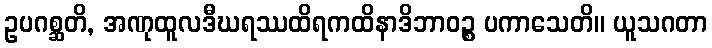
ဥပဂစ္ဆတိ, အဏုထူလဒီဃရဿထိရကထိနာဒိဘာဝဉ္စ ပကာသေတိ။ ယူသဂတာ